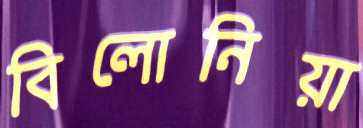
বিলোনিয়া